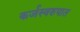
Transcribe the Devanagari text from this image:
कर्जस्वरुपात